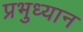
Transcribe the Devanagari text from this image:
प्रभुध्यान